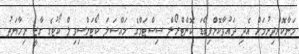
މަނާކޮށްދިނުމަށް އެދި ދައުވާކޮށްފިބޯޑަ ކޮންޓްރޯލް ސިސްޓަމްގެ މައްސަލަ ކޯޓަށްސިވިލް ކޯޓުގެ ގާޒީ ނިހާޔަތު